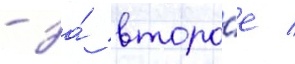
- за́ второ́е /